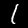
Digit: 1